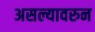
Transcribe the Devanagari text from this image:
असल्यावरुन